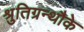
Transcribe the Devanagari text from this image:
श्रुतिग्रन्थौके